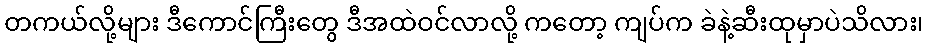
တကယ်လို့များ ဒီကောင်ကြီးတွေ ဒီအထဲဝင်လာလို့ ကတော့ ကျပ်က ခဲနဲ့ဆီးထုမှာပဲသိလား၊